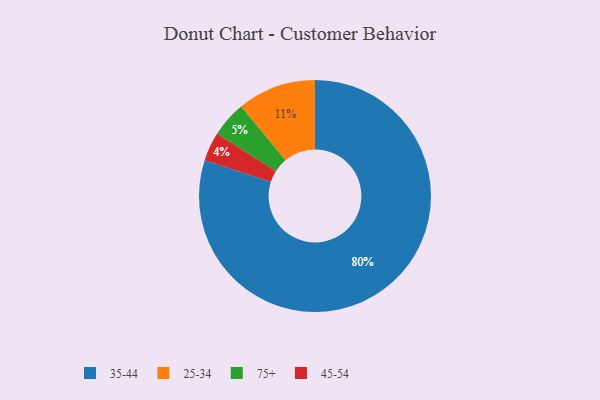
{"axis": {"x": "Category", "y": "Percentage"}, "legend": ["25-34", "35-44", "45-54", "75+"], "data": [{"x": "45-54", "y": 4, "type": "45-54"}, {"x": "25-34", "y": 11, "type": "25-34"}, {"x": "75+", "y": 5, "type": "75+"}, {"x": "35-44", "y": 80, "type": "35-44"}]}